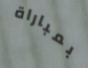
بمباراة